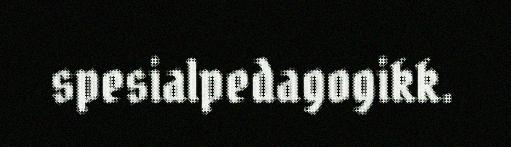
spesialpedagogikk.